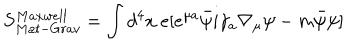
LaTeX: S _ { M a t - G r a v } ^ { M a x w e l l } = \int d ^ { 4 } x \ e [ e ^ { \mu a } \bar { \psi } i \gamma _ { a } \nabla _ { \mu } \psi - m \bar { \psi } \psi ]